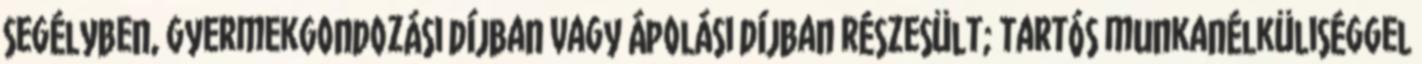
segélyben, gyermekgondozási díjban vagy ápolási díjban részesült; tartós munkanélküliséggel